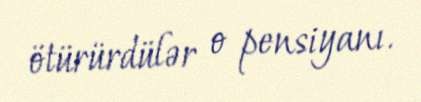
ötürürdülər o pensiyanı.